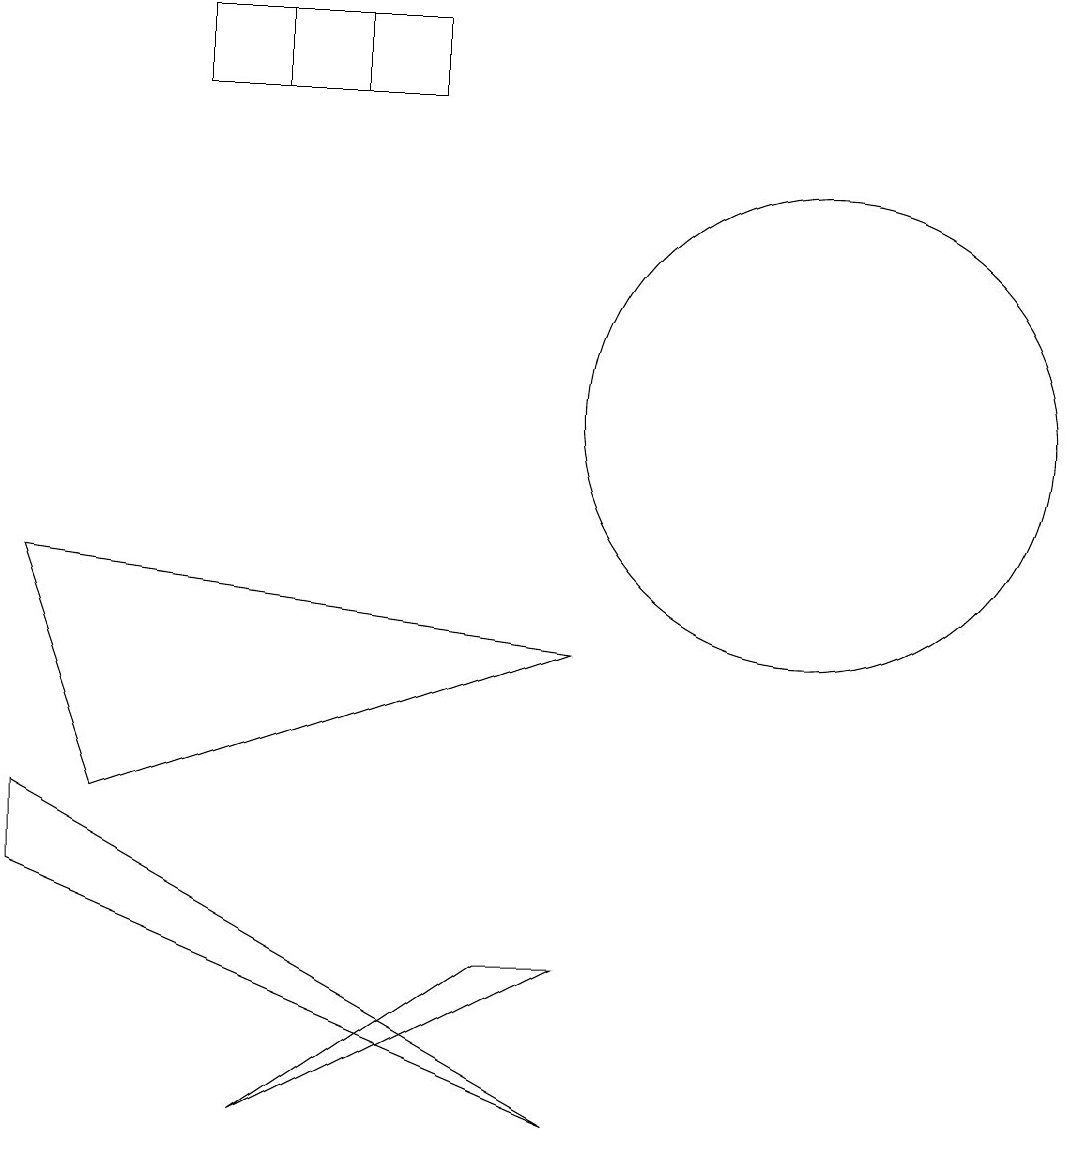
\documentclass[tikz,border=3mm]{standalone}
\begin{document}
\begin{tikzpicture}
\draw (7,1) -- (0,4) -- (0,5) -- cycle;
\draw (10,10) circle (3);
\draw (3,1) -- (7,3) -- (6,3) -- cycle;
\draw (3,14) rectangle (4,15);
\draw (7,7) -- (0,8) -- (1,5) -- cycle;
\draw (5,14) rectangle (2,15);
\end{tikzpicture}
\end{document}